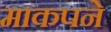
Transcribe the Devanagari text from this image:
माकपने